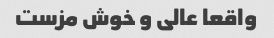
واقعا عالی و خوش مزست